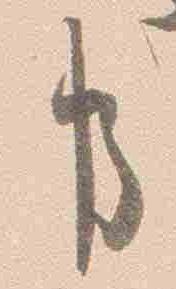
事